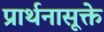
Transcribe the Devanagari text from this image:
प्रार्थनासूक्ते